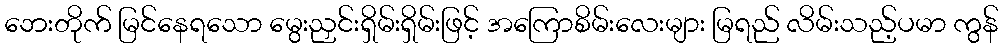
ဘေးတိုက် မြင်နေရသော မွေးညှင်းရှိမ်းရှိမ်းဖြင့် အကြောစိမ်းလေးများ မြရည် လိမ်းသည့်ပမာ ကွန်